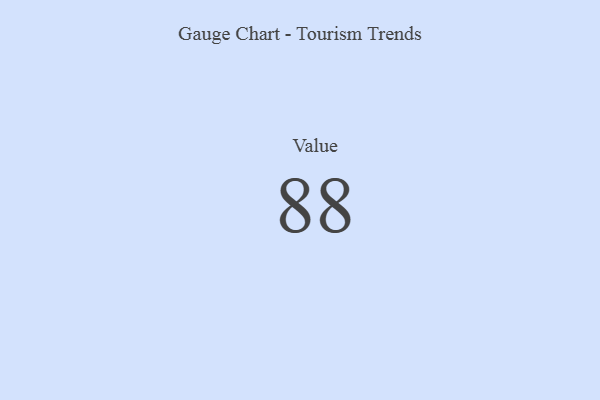
{"axis": {"x": "Metric", "y": "Value"}, "legend": [""], "data": [{"x": "Value", "y": 88, "type": ""}]}